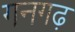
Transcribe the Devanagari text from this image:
गनगढ़